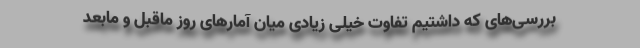
بررسی‌های که داشتیم تفاوت خیلی زیادی میان آمارهای روز ماقبل و مابعد